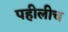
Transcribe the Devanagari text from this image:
पहीलीच